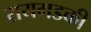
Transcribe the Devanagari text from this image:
रायगडकी